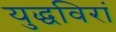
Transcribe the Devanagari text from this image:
युद्धविरां